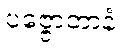
ပဇ္ဇောတာနံ